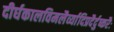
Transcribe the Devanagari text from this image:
दीर्घकालविमलैर्व्यादिप्रदैर्दुष्करैः